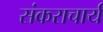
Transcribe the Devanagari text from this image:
संकराचार्य